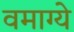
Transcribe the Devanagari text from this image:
वमाग्ये